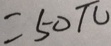
= 5 0 \pi